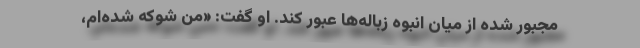
مجبور شده از میان انبوه زباله‌ها عبور کند. او گفت: «من شوکه شده‌ام،